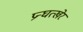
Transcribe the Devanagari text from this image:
प्रन्घत्खेर